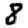
Digit: 8